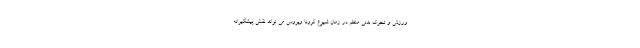
ورزش و تحرک بدنی منظم در زمان شیوع کرونا ویروس می تواند نقش پیشگیرانه